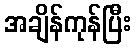
အချိန်ကုန်ပြီး